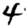
Digit: 4